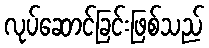
လုပ်ဆောင်ခြင်းဖြစ်သည်